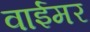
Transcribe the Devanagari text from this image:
वाईमर